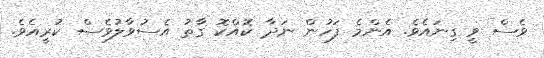
ވެސް ވީ ގިނައެވެ. އެންމެ ފަހުން ނަދާ ކޮއްކޮ ގާތު އެސުވާލުވެސް ކުރީއެވެ.